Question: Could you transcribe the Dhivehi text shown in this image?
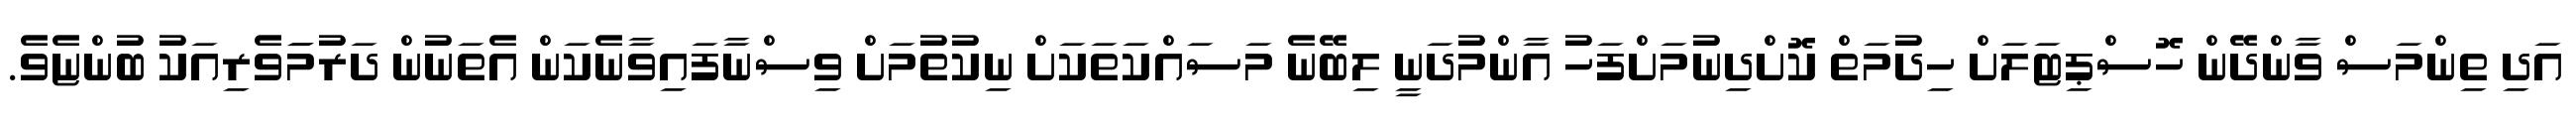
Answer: އަދި ތިންމަސް ވާންދޭން ހޮސްޕިޓަލަށް ހިދުމަތް ކޮށްދިނުމަށްފަހު އާންމުދަނީ ލިބޭނެ މަސައްކަތަކަށް ނިކުތުމަށް ވިސްނާފައިވާނެކަން އެތަނުން ދަރުމަަވެރިއަކު ބުންޏެވެ.